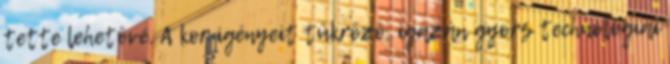
tette lehetôvé. A kor igényeit tükrözô, igazán gyors technológiai